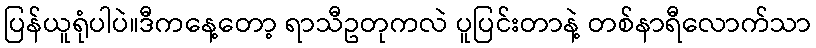
ပြန်ယူရုံပါပဲ။ဒီကနေ့တော့ ရာသီဥတုကလဲ ပူပြင်းတာနဲ့ တစ်နာရီလောက်သာ